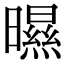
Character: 㬤